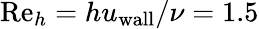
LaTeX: \mathrm{Re}_{h}=hu_{\mathrm{wall}}/\nu=1.5